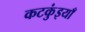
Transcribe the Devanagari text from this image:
कटकुंइयाँ